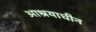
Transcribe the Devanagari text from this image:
आश्रयाधीन